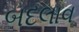
બદલાવ